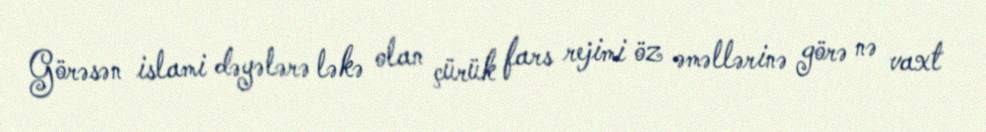
Görəsən islami dəyələrə ləkə olan çürük fars rejimi öz əməllərinə görə nə vaxt